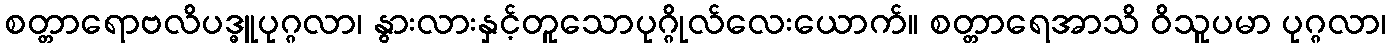
စတ္တာရောဗလိပဒ္ဓူပုဂ္ဂလာ၊ နွားလားနှင့်တူသောပုဂ္ဂိုလ်လေးယောက်။ စတ္တာရေအာသိ ဝိသူပမာ ပုဂ္ဂလာ၊